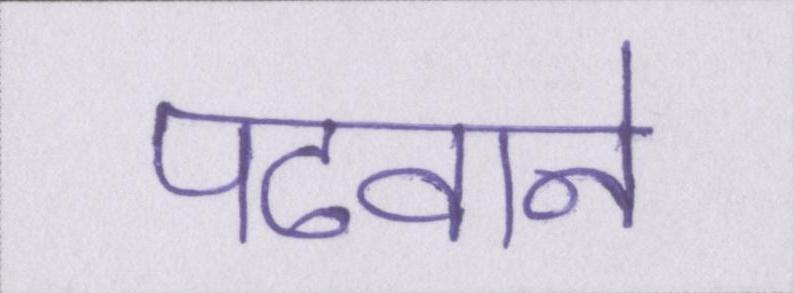
पढवाने